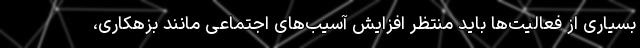
بسیاری از فعالیت‌ها باید منتظر افزایش آسیب‌های اجتماعی مانند بزهکاری،